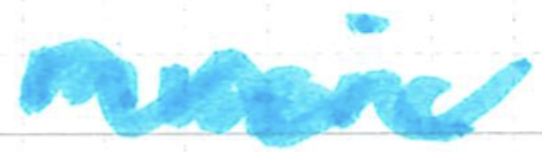
Text: music
Cross-out: wave
Writing tool: marker